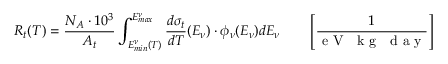
R _ { t } ( T ) = \frac { N _ { A } \cdot 1 0 ^ { 3 } } { A _ { t } } \int _ { E _ { m i n } ^ { \nu } ( T ) } ^ { E _ { m a x } ^ { \nu } } \frac { d \sigma _ { t } } { d T } ( E _ { \nu } ) \cdot \phi _ { \nu } ( E _ { \nu } ) d E _ { \nu } \qquad \left[ \frac { 1 } { \mathrm { ~ e ~ V ~ ~ ~ k ~ g ~ ~ ~ d ~ a ~ y ~ } } \right]